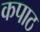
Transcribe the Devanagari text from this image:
कपाठ